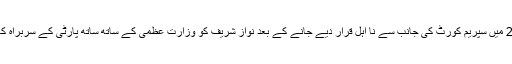
یاد رہے کہ جولائی 2017 میں سپریم کورٹ کی جانب سے نا اہل قرار دیے جانے کے بعد نواز شریف کو وزارتِ عظمیٰ کے ساتھ ساتھ پارٹی کے سربراہ کا عہدہ بھی چھوڑنا پڑا تھا۔